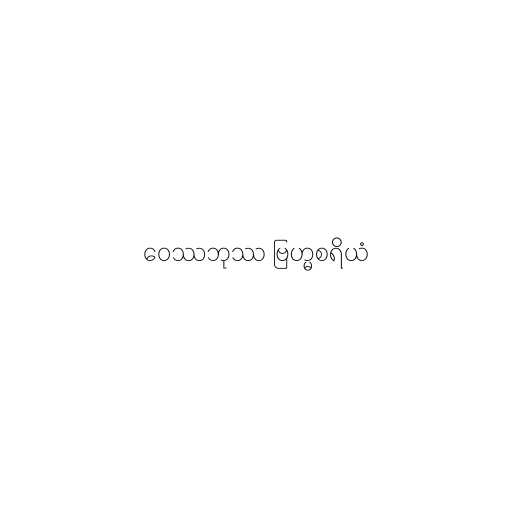
ဝေဿဘုဿ ဗြဟ္မစရိယံ